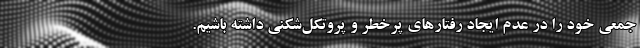
جمعی خود را در عدم ایجاد رفتارهای پرخطر و پروتکل‌شکنی داشته باشیم.